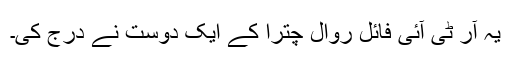
یہ آر ٹی آئی فائل روال چترا کے ایک دوست نے درج کی۔